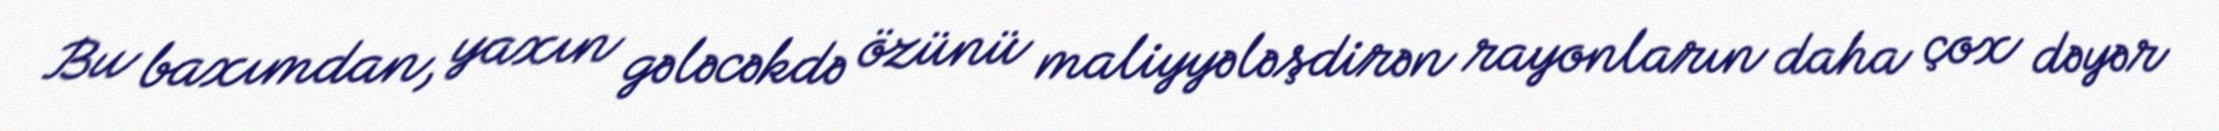
Bu baxımdan, yaxın gələcəkdə özünü maliyyələşdirən rayonların daha çox dəyər